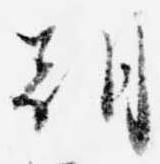
朝